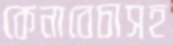
কেনাবেচাসহ